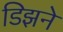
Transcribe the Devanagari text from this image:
डिझने